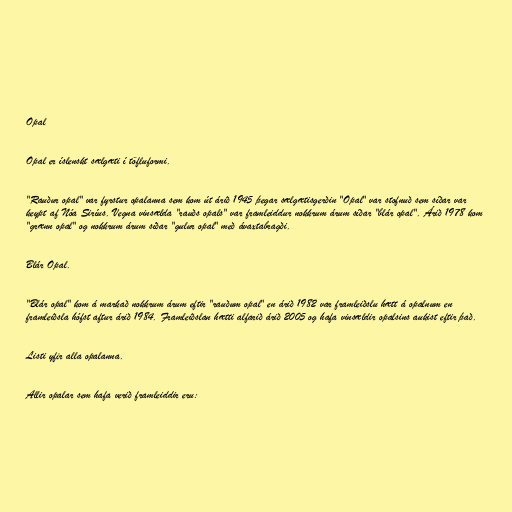
Opal

Opal er íslenskt sælgæti í töfluformi.

"Rauður opal" var fyrstur opalanna sem kom út árið 1945 þegar sælgætisgerðin "Opal" var stofnuð sem síðar var
keypt af Nóa Siríus. Vegna vinsælda "rauðs opals" var framleiddur nokkrum árum síðar "blár opal". Árið 1978 kom
"grænn opal" og nokkrum árum síðar "gulur opal" með ávaxtabragði.

Blár Opal.

"Blár opal" kom á markað nokkrum árum eftir "rauðum opal" en árið 1982 var framleiðslu hætt á opalnum en
framleiðsla hófst aftur árið 1984. Framleiðslan hætti alfarið árið 2005 og hafa vinsældir opalsins aukist eftir það.

Listi yfir alla opalanna.

Allir opalar sem hafa verið framleiddir eru: